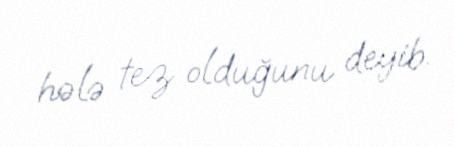
hələ tez olduğunu deyib.